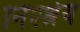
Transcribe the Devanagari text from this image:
निश्श्रेय